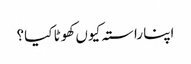
اپنا راستہ کیوں کھوٹا کیا؟